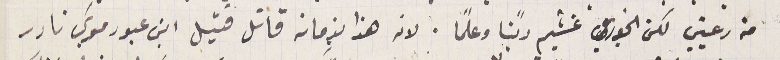
من رعيتي لكن الخوري غشيم دينًا وعلمًا. لانه هذا بزمانه قاتل قتيل ابن عبود موسَي نادر